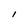
Character: l